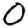
Digit: 0